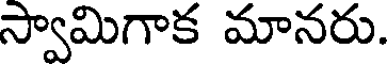
స్వామిగాక మానరు.